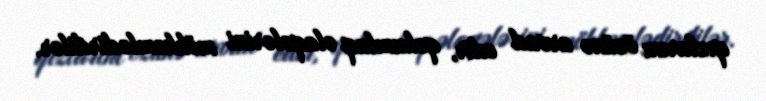
qızlarını özünə arvad edir, qohumluq əlaqələrini möhkəmlədirdilər.